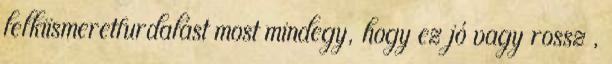
lelkiismeretfurdalást most mindegy, hogy ez jó vagy rossz ,